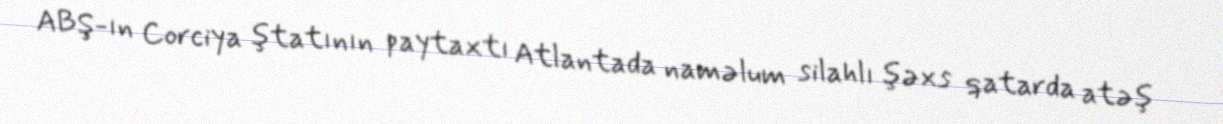
ABŞ-ın Corciya ştatının paytaxtı Atlantada naməlum silahlı şəxs qatarda atəş